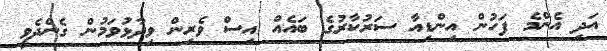
އަދި އެންމެ ފަހުން އިންޑިއާ ސަރުކާރުގެ ބައެއް އިސް ވެރިން ވިދާޅުވަމުން ގެންދެވީ